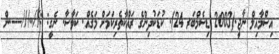
އިސްމާއިލް ނާޖީ.(2003 ޑިސެމްބަރ 24). ކުޑަކުދިންގެ ރައްކާތެރިކަމަށް މަގެއް. ކަވާސާ. ނެގީ: ://..///----.ން